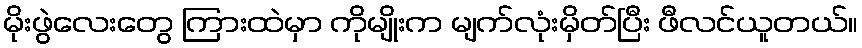
မိုးဖွဲလေးတွေ ကြားထဲမှာ ကိုမျိုးက မျက်လုံးမှိတ်ပြီး ဖီလင်ယူတယ်။